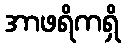
အာဖရိကရှိ